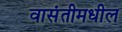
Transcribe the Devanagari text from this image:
वासंतीमधील